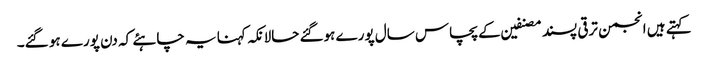
کہتے ہیں انجمن ترقی پسند مصنفین کے پچاس سال پورے ہوگئے حالانکہ کہنا یہ چاہئے کہ دن پورے ہو گئے۔